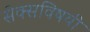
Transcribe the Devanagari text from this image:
सेक्सविषयी